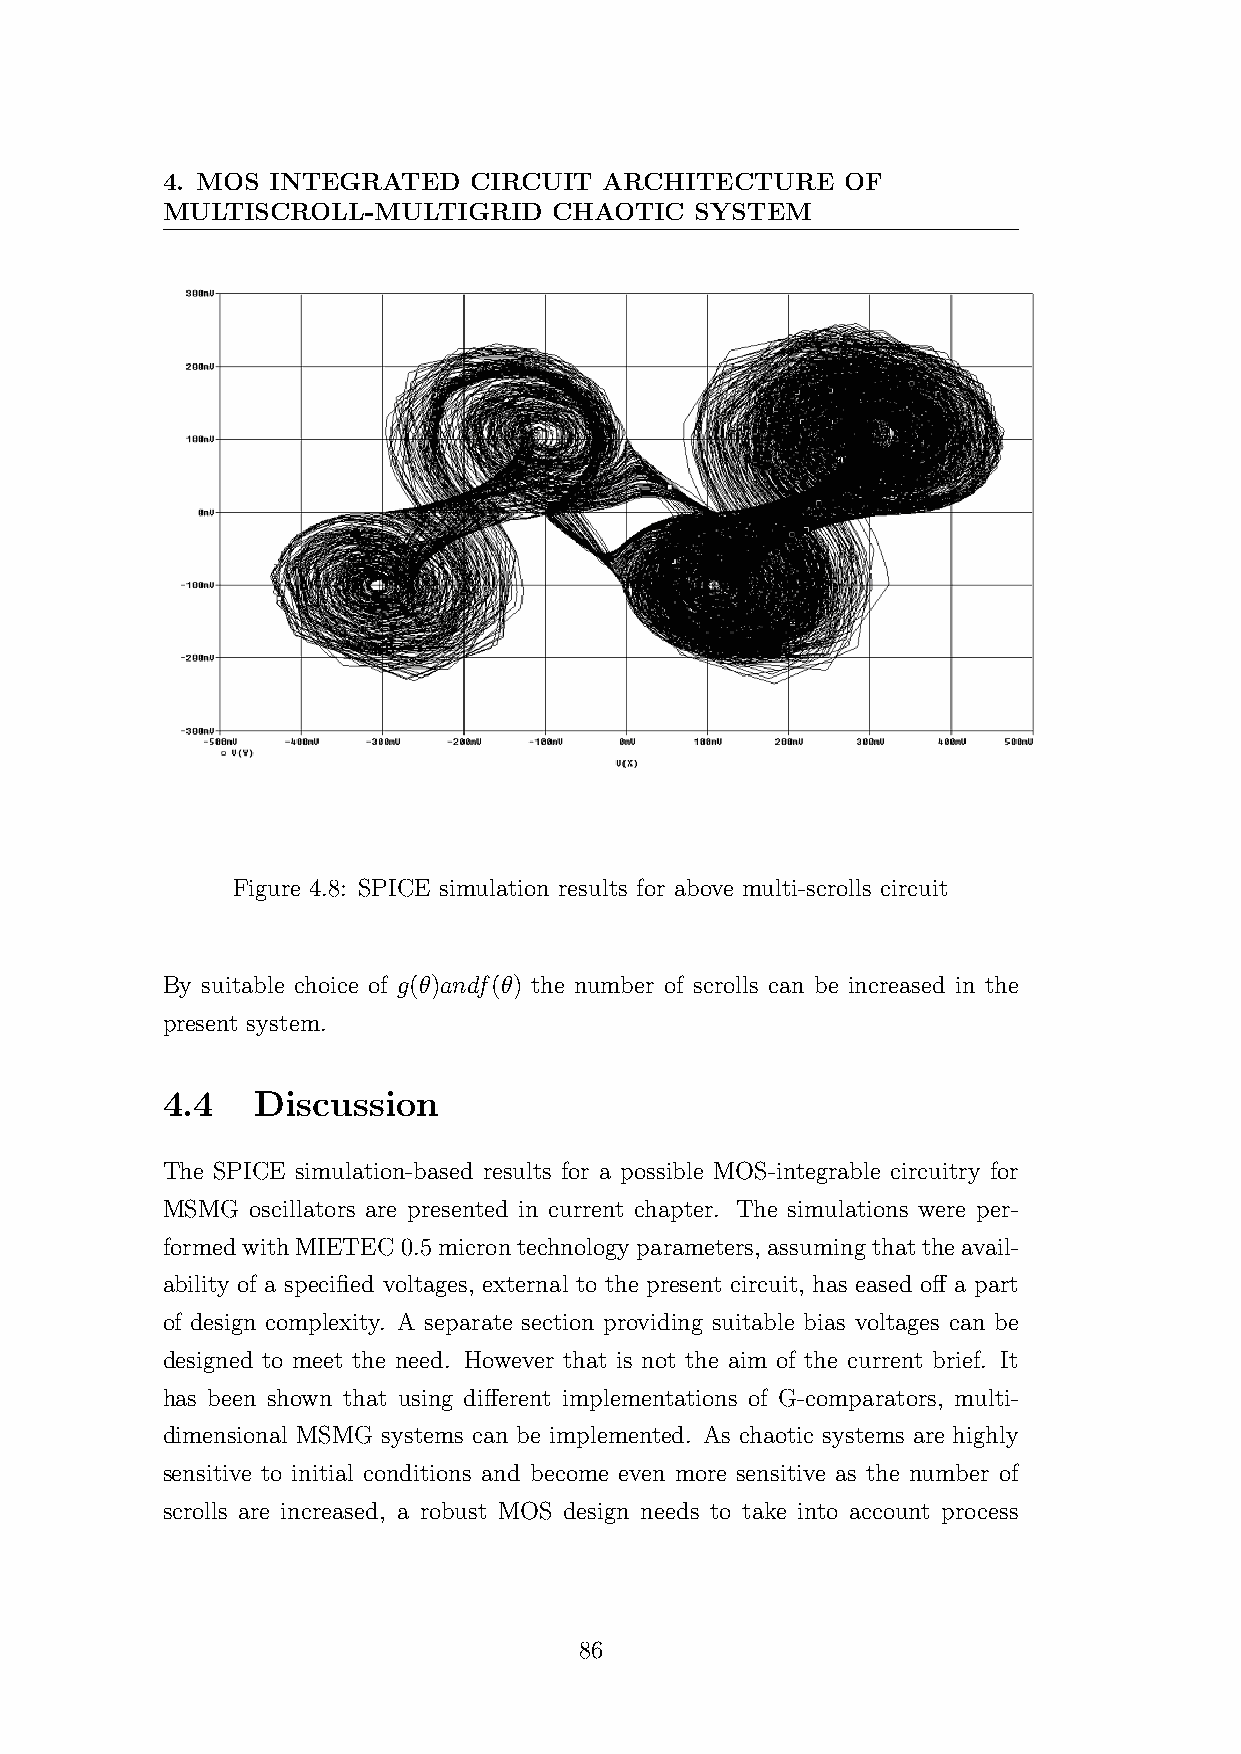
4. MOS INTEGRATED   CIRCUIT  ARCHITECTURE    OF
 MULTISCROLL-MULTIGRID     CHAOTIC  SYSTEM
 Figure 4.8: SPICE simulation results for above multi-scrolls circuit
 By suitable choice of g(θ)andf(θ) the number of scrolls can be increased in the
 present system.
 4.4   Discussion
 The SPICE simulation-based results for a possible MOS-integrable circuitry for
 MSMG  oscillators are presented in current chapter. The simulations were per-
 formedwithMIETEC0.5microntechnologyparameters, assumingthattheavail-
 ability of a specified voltages, external to the present circuit, has eased off a part
 of design complexity. A separate section providing suitable bias voltages can be
 designed to meet the need. However that is not the aim of the current brief. It
 has been shown that using different implementations of G-comparators, multi-
 dimensional MSMG systems can be implemented. As chaotic systems are highly
 sensitive to initial conditions and become even more sensitive as the number of
 scrolls are increased, a robust MOS design needs to take into account process
 86